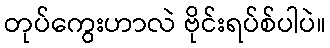
တုပ်ကွေးဟာလဲ ဗိုင်းရပ်စ်ပါပဲ။